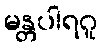
မန္တပါရဂူ